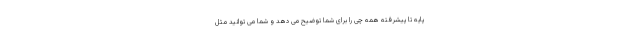
پایه تا پیشرفته همه چی را برای شما توضیح می دهد و شما می توانید مثل